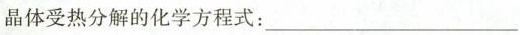
晶体受热分解的化学方程式：___